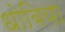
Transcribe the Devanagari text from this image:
धोबिया